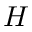
H